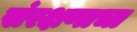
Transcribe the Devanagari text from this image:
संरक्षणाचा